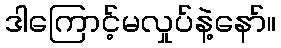
ဒါကြောင့်မလှုပ်နဲ့နော်။